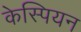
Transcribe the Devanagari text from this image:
केस्पियन